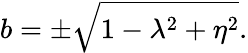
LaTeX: b=\pm\sqrt{1-\lambda^{2}+\eta^{2}}.